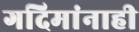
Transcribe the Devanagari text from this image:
गदिमांनाही